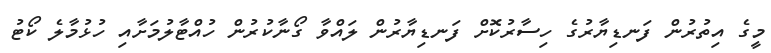
މީގެ އިތުރުން ފަނޑިޔާރުގެ ހިސާރުކޮށް ފަނޑިޔާރުން ލައްވާ ގޯނާކުރުން ހުއްޓާލުމަށާއި ހުޅުމާލެ ކޯޓު